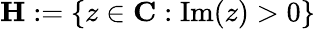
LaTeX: \mathbf{H}:=\{ z\in\mathbf{C}:\mathrm{Im}(z)>0\}